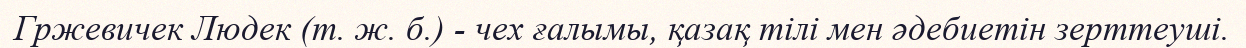
Гржевичек Людек (т. ж. б.) - чех ғалымы, қазақ тілі мен әдебиетін зерттеуші.